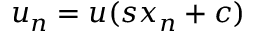
u _ { n } = u ( s x _ { n } + c )